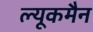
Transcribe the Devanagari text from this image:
ल्यूकमैन